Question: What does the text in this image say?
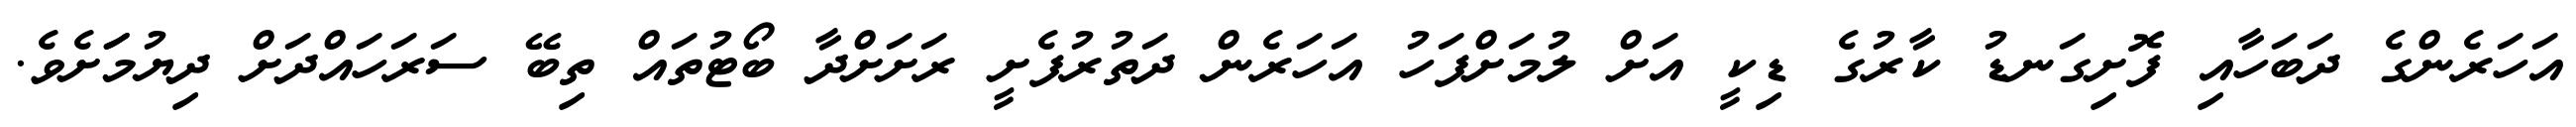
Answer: އަހަރެންގެ ދަބަހާއި ފޮށިގަނޑު ކާރުގެ ޑިކީ އަށް ލުމަށްފަހު އަހަރެން ދަތުރުފެށީ ރަށަށްދާ ބޯޓުތައް ތިބޭ ސަރަހައްދަށް ދިޔުމަަށެވެ.